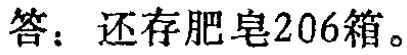
答：还存肥皂206箱。